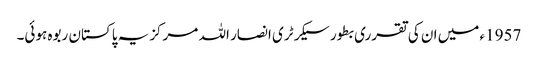
1957ء میں ان کی تقرری بطور سیکرٹری انصار اللہ مرکزیہ پاکستان ربوہ ہوئی۔